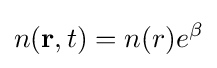
n(\mathbf {r} ,t)=n(r)e^{\beta }